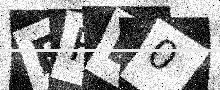
Text: FRE0